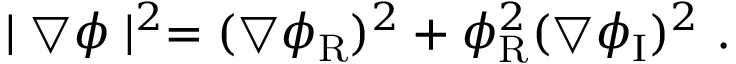
\mid \bigtriangledown \phi \mid ^ { 2 } = ( \bigtriangledown \phi _ { \mathrm { R } } ) ^ { 2 } + \phi _ { \mathrm { R } } ^ { 2 } ( \bigtriangledown \phi _ { \mathrm { I } } ) ^ { 2 } \ .